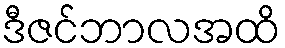
ဒီဇင်ဘာလအထိ